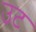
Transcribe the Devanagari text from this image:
उट